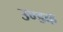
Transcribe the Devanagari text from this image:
उण्डक